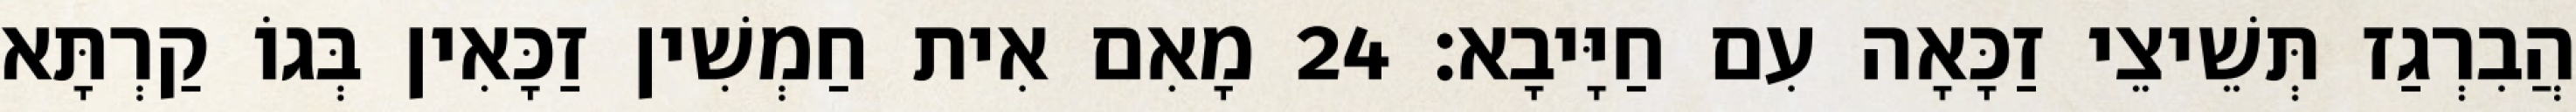
הֲבִרְגַז תְּשֵׁיצֵי זַכָּאָה עִם חַיָּיבָא׃ 24 מָאִם אִית חַמְשִׁין זַכָּאִין בְּגוֹ קַרְתָּא